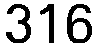
316